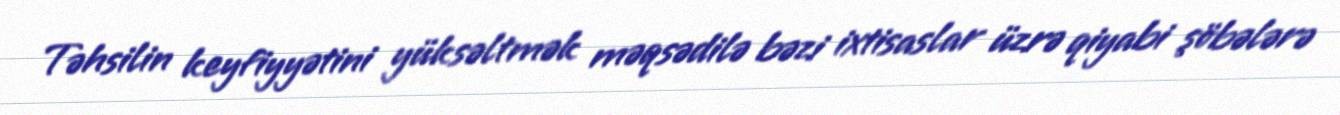
Təhsilin keyfiyyətini yüksəltmək məqsədilə bəzi ixtisaslar üzrə qiyabi şöbələrə